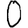
Digit: 0